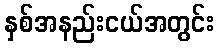
နှစ်အနည်းငယ်အတွင်း